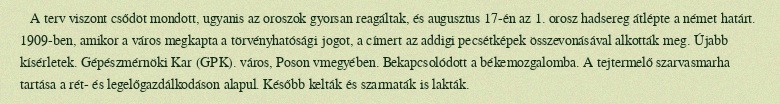
A terv viszont csődöt mondott, ugyanis az oroszok gyorsan reagáltak, és augusztus 17-én az 1. orosz hadsereg átlépte a német határt. 1909-ben, amikor a város megkapta a törvényhatósági jogot, a címert az addigi pecsétképek összevonásával alkották meg. Újabb kísérletek. Gépészmérnöki Kar (GPK). város, Poson vmegyében. Bekapcsolódott a békemozgalomba. A tejtermelő szarvasmarha tartása a rét- és legelőgazdálkodáson alapul. Később kelták és szarmaták is lakták.